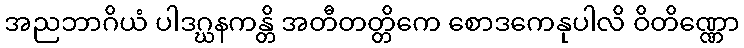
အညဘာဂိယံ ပါဒဂ္ဃနကန္တိ အတီတတ္တိကေ စောဒကေနုပါလိ ဝိတိဏ္ဏော